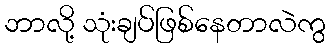
ဘာလို့ သုံးချပ်ဖြစ်နေတာလဲကွ